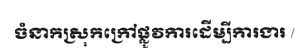
ចំនាកស្រុកក្រៅផ្លូវការដើម្បីការងារ /